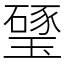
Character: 㻹